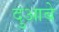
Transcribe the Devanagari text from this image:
दुआबे